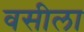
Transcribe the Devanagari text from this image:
वसीला